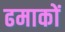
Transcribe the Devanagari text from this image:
ढमाकों